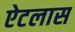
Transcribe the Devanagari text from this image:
ऐटलास